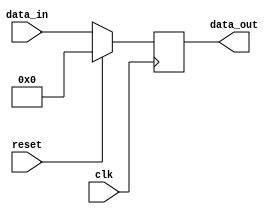
module multiplicand_n_divider_register(clk, reset, data_in, data_out);
    input [63:0] data_in;
    input clk, reset;
    output [63:0] data_out;
    reg [63:0] mul_div_reg;

    always @(posedge clk) begin
        if (reset)                        //assings 65 bit 0's when reset is on
            mul_div_reg <= 64'd0;
        else 
            mul_div_reg <= data_in;         //assigns the multiplicand or divisor to the register
    end
    assign data_out = mul_div_reg;
endmodule